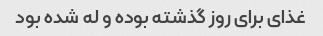
غذای برای روز گذشته بوده و له شده بود